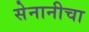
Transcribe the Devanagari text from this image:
सेनानीचा